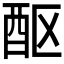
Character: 𬪧